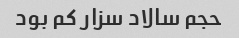
حجم سالاد سزار کم بود